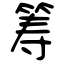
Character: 筹